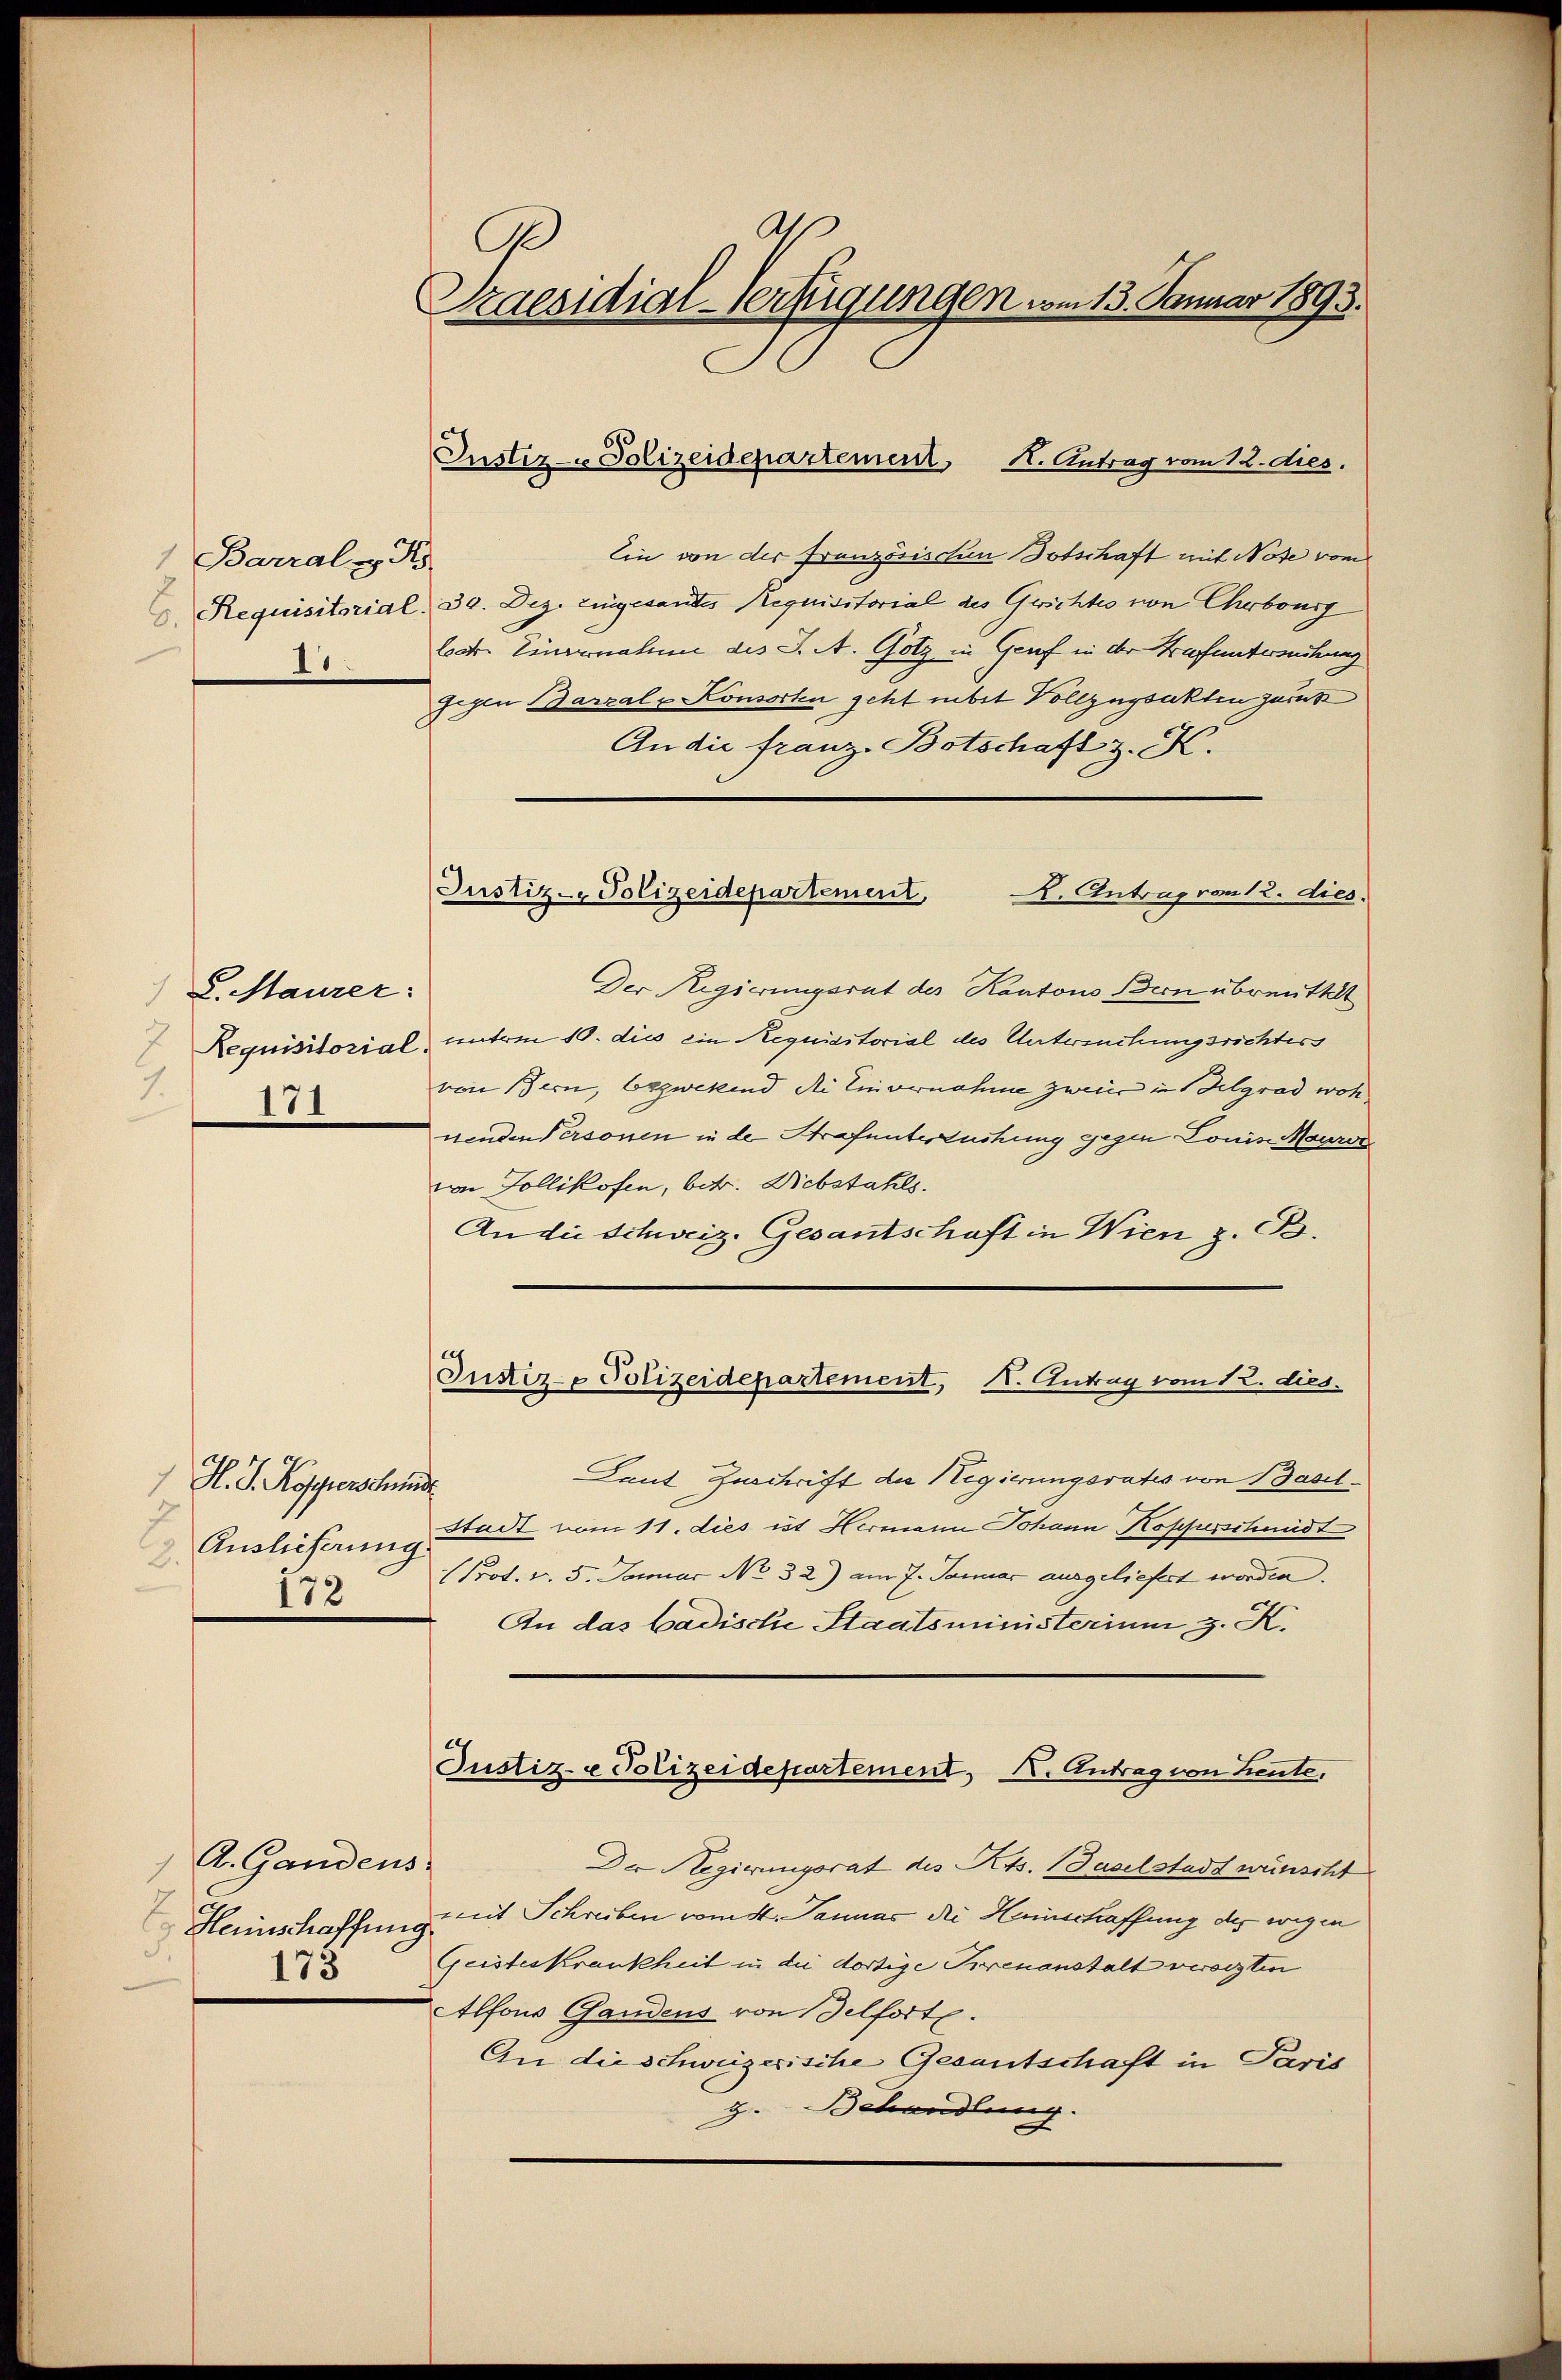
Barral v. Js.
I0

8. Maurer:
7
7.
171

H. J. Kofferschmid
Auslieferung
.
172

A. Gandens
Heinschaffung
173

I
A
Praesidial-Verfügungen vom 13. Januar 1893.

Ein von der Französischen Botschaft mit Note vom
Requisitorial. 30. Dez. Eingesandtes Requisitorial des Gerichtes von Cherbourg
lat. Einvernahme des J. A. Gotz in Genf in der Trafuntersuchung
Gegen Barzal u Konsorten geht nebst Vollzugsakten zurükz
An die franz Botschaft z. K.
A. Antrag vom 12. dies.
Der Regierungsrat des Kantons Bern übreittelt
Requisitorial unterm 10. dies ein Requisitorial des Untersuchungsrichters
von Bern, bezwekend die Einvernahme zweis in Belgrad wohnenden Personen in der Strafuntersuchung gegen Conis Maurer
von Gollikofen, betr. Diebstahls.
An die Schweiz. Gesantschaft in Wien z. B.
Justiz- Polizeidepartement, I. Antrag vom 12. dies
Laut Zuschrift der Regierungsrates von Basel¬
Stadt vom 11. dies ut Hermann Johann Kopferschmidt
Prot. v. 5. Januar No 32) am 7. Januar ausgeliefert worden.
An das Badische Staatsministerium z. K.
Justiz- & Polizeidepartement, X. Antrag von heute,
Der Regierungsrat des Kts. Baselstadt wünscht
mit Schreiben vom St. Januar die Heinschaffung des wegen
Geisteskrankheit in die dortige Trenanstalt verorten
Alfons Gandens von Belforte.
An die schweizerische Gesantschaft in Paris
g. Behandlung.

Justiz-Polizeidepartement, H. Antrag vom 12. dies.

Justiz- Polizeidepartement,